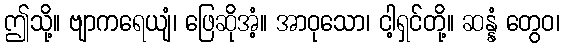
ဤသို့။ ဗျာကရေယျံ၊ ဖြေဆိုအံ့။ အာဝုသော၊ ငါ့ရှင်တို့။ ဆန္နံ တွေဝ၊